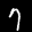
Label: 7